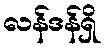
လန်ဒန်ရှိ